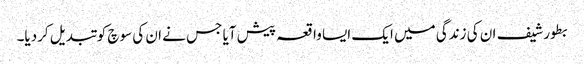
بطور شیف ان کی زندگی میں ایک ایسا واقعہ پیش آیا جس نے ان کی سوچ کو تبدیل کردیا۔